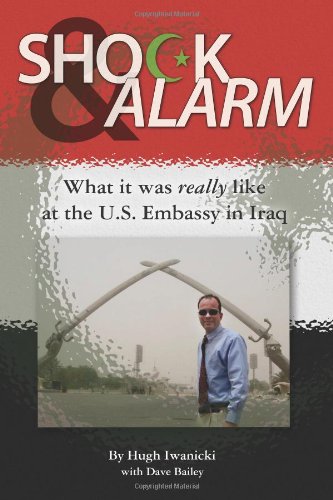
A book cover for Shock and Alarm: What it was really like at the U.S. Embassy in Iraq; Hugh Iwanicki; Travel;